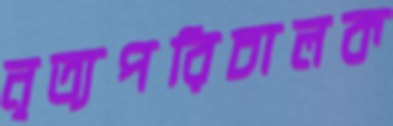
নৃত্যপরিচালক